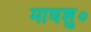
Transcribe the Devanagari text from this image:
माघशु०